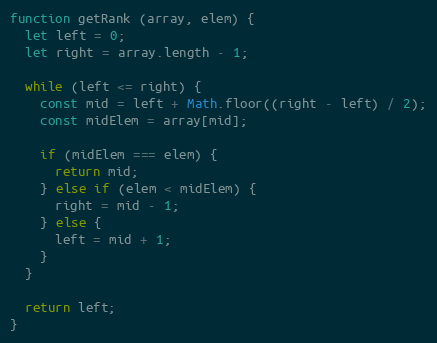
Language: JavaScript
function getRank (array, elem) {
  let left = 0;
  let right = array.length - 1;

  while (left <= right) {
    const mid = left + Math.floor((right - left) / 2);
    const midElem = array[mid];

    if (midElem === elem) {
      return mid;
    } else if (elem < midElem) {
      right = mid - 1;
    } else {
      left = mid + 1;
    }
  }

  return left;
}